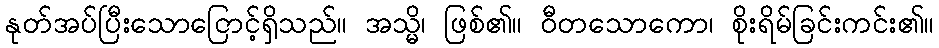
နုတ်အပ်ပြီးသောငြောင့်ရှိသည်။ အသ္မိ၊ ဖြစ်၏။ ဝီတသောကော၊ စိုးရိမ်ခြင်းကင်း၏။